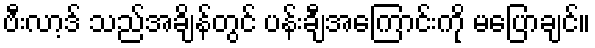
ဗီးလာ့ဒ် သည်အချိန်တွင် ပန်းချီအကြောင်းကို မပြောချင်။